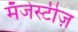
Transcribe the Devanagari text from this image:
मॅजेस्टीज़